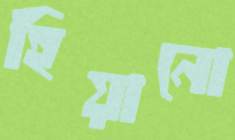
হিয়ানো